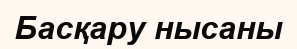
Басқару нысаны